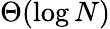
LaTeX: \Theta(\log N)